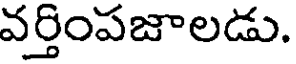
వర్తింపజాలడు.